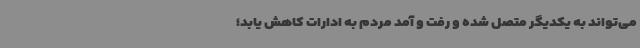
می‌تواند به یکدیگر متصل شده و رفت و آمد مردم به ادارات کاهش یابد؛